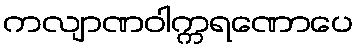
ကလျာဏဝါက္ကရဏောပေ